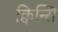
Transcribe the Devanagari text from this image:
क्विन्सि